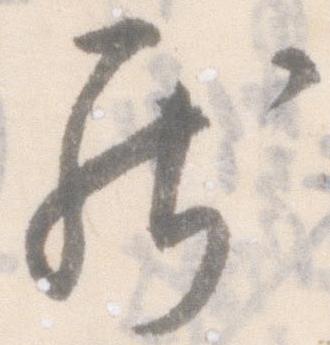
罷